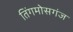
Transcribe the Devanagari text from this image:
तिंगमोसगंज